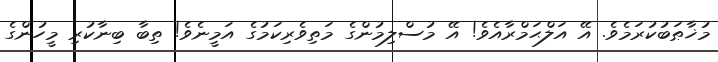
މުޚާޠަބުކުރަމެވެ. އޭ އަލްޙަމްރާއެވެ! އޭ މުސްލިމުންގެ މަތިވެރިކަމުގެ އަމީނެވެ! ތިބާ ބިނާކުރި މީހުންގެ